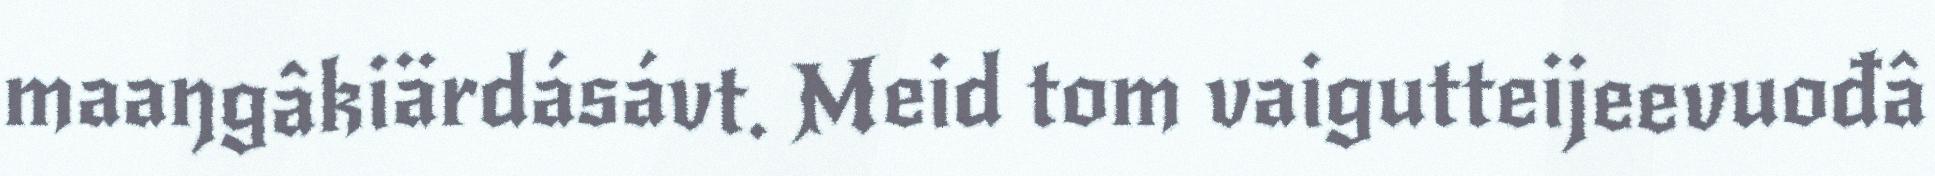
maaŋgâkiärdásávt. Meid tom vaigutteijeevuođâ